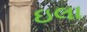
ઇલા